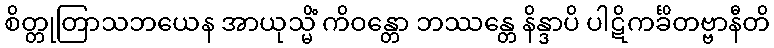
စိတ္တုတြာသဘယေန အာယုသ္မိံ ကိဝန္တော ဘဿန္တေ နိန္ဒာပိ ပါဋိကင်္ခိတဗ္ဗာနီတိ